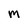
Character: M